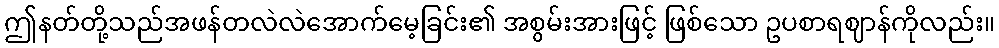
ဤနတ်တို့သည်အဖန်တလဲလဲအောက်မေ့ခြင်း၏ အစွမ်းအားဖြင့် ဖြစ်သော ဥပစာရဈာန်ကိုလည်း။